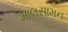
માલસામન